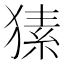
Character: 𤠚